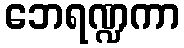
ဘေရဏ္ဍကာ